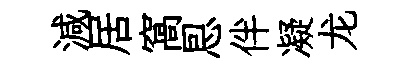
減居窩㤙伴凝龙